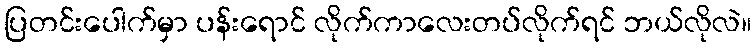
ပြတင်းပေါက်မှာ ပန်းရောင် လိုက်ကာလေးတပ်လိုက်ရင် ဘယ်လိုလဲ။